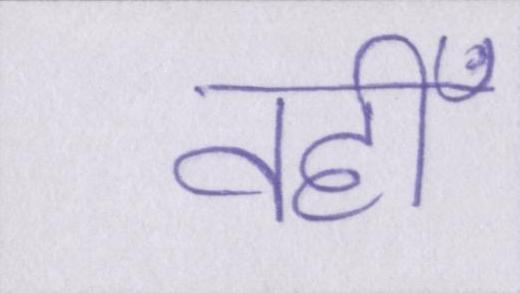
वहीँ